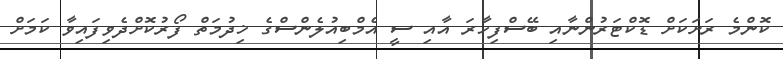
ކޮންމެ ރަށަކަށް ޑޮކްޓަރުންނާއި ބޭސްފިހާރަ އާއި ސީ އެމްބިއުލެންސްގެ ޚިދުމަތް ފޯރުކޮށްދެވިފައިވާ ކަމަށް